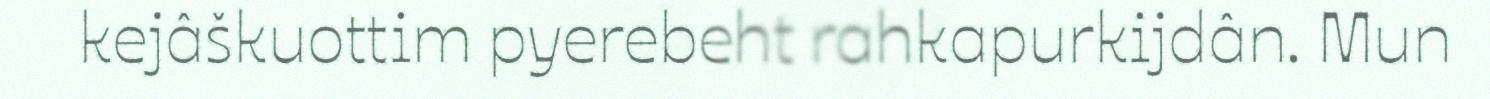
kejâškuottim pyerebeht rahkapurkijdân. Mun